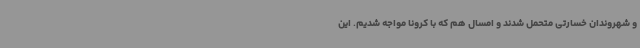
و شهروندان خسارتی متحمل شدند و امسال هم که با کرونا مواجه شدیم. این